Civil Veterinary Department. United Provinces 1923-31 - 1923-1931
Year: 1923
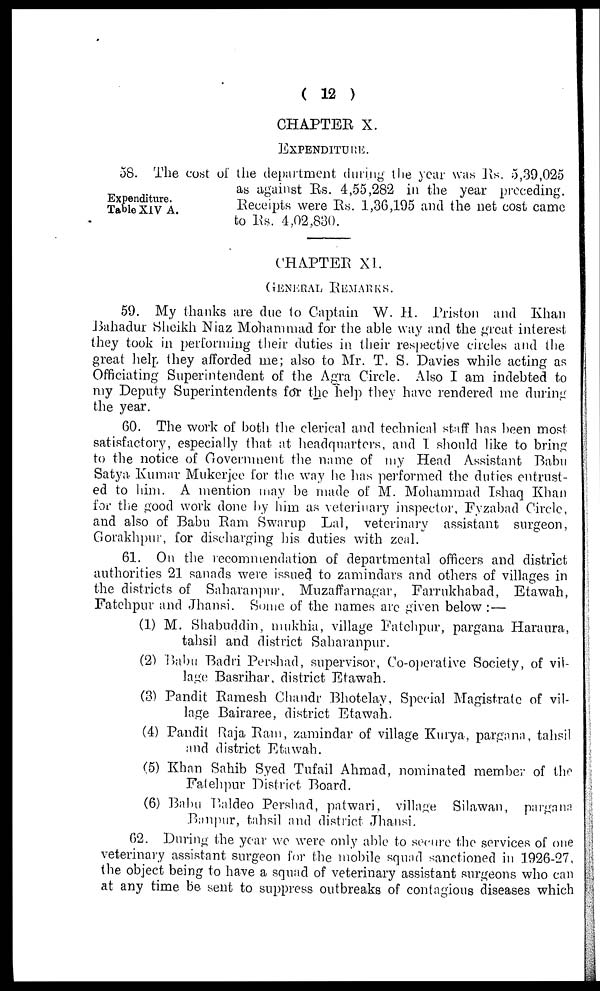
(12)
CHAPTER X.
EXPENDITURE.
Expenditure.
Table XIV A.
58. The cost of the department during the year was Rs. 5,39,025
as against Rs. 4,55,282 in the year preceding.
Receipts were Rs. 1,36,195 and the net cost came
to Rs. 4,02,830.
CHAPTER XI.
GENERAL REMARKS.
59. My thanks are due to Captain W. H. Priston and Khan
Bahadur Sheikh Niaz Mohammad for the able way and the great interest
they took in performing their duties in their respective circles and the
great help they afforded me; also to Mr. T. S. Davies while acting as
Officiating Superintendent of the Agra Circle. Also I am indebted to
my Deputy Superintendents for the help they have rendered me during
the year.
60. The work of both the clerical and technical staff has been most
satisfactory, especially that at headquarters, and I should like to bring
to the notice of Government the name of my Head Assistant Babu
Satya Kumar Mukerjee for the way he has performed the duties entrust-
ed to him. A mention may be made of M. Mohammad Ishaq Khan
for the good work done by him as veterinary inspector, Fyzabad Circle,
and also of Babu Ram Swarup Lal, veterinary assistant surgeon,
Gorakhpur, for discharging his duties with zeal.
61. On the recommendation of departmental officers and district
authorities 21 sanads were issued to zamindars and others of villages in
the districts of Saharanpur, Muzaffarnagar, Farrukhabad, Etawah,
Fatehpur and Jhansi. Some of the names are given below:—
(1) M. Shabuddin, mukhia, village Fatehpur, pargana Haraura,
tahsil and district Saharanpur.
(2) Babu Badri Pershad, supervisor, Co-operative Society, of vil-
lage Basrihar, district Etawah.
(3) Pandit Ramesh Chandr Bhotelay, Special Magistrate of vil-
lage Bairaree, district Etawah.
(4) Pandit Raja Ram, zamindar of village Kurya, pargana, tahsil
and district Etawah.
(5) Khan Sahib Syed Tufail Ahmad, nominated member of the
Falehpur District Board.
(6) Babu Baldeo Pershad, patwari, village Silawan, pargana
Banpur, tahsil and district Jhansi.
62. During the year we were only able to secure the services of one
veterinary assistant surgeon for the mobile squad sanctioned in 1926-27,
the object being to have a squad of veterinary assistant surgeons who can
at any time be sent to suppress outbreaks of contagious diseases which